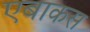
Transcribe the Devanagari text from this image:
एबाकस